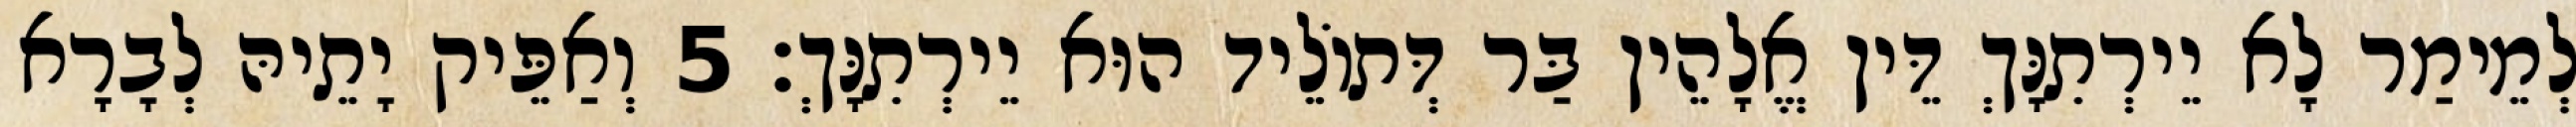
לְמֵימַר לָא יֵירְתִנָּךְ דֵּין אֱלָהֵין בַּר דְּתוֹלֵיד הוּא יֵירְתִנָּךְ׃ 5 וְאַפֵּיק יָתֵיהּ לְבָרָא